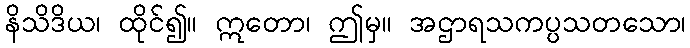
နိသိဒိယ၊ ထိုင်၍။ ဣတော၊ ဤမှ။ အဌာရသကပ္ပသတသော၊